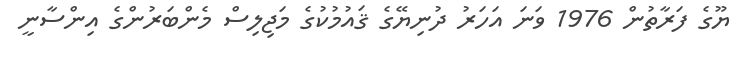
ޔޫގެ ފަރާތުން 1976 ވަނަ އަހަރު ދުނިޔޭގެ ޤައުމުކުގެ މަޖިލިސް މެންބަރުންގެ އިންސާނީ